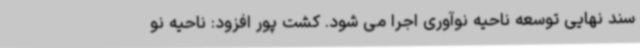
سند نهایی توسعه ناحیه نوآوری اجرا می شود. کشت پور افزود: ناحیه نو